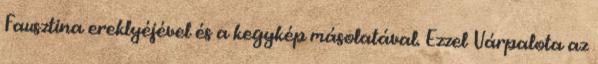
Fausztina ereklyéjével és a kegykép másolatával. Ezzel Várpalota az